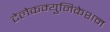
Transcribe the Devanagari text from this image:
टेलेकम्युनिकेशन